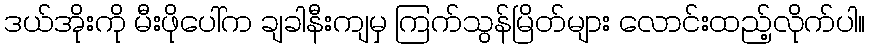
ဒယ်အိုးကို မီးဖိုပေါ်က ချခါနီးကျမှ ကြက်သွန်မြိတ်များ လောင်းထည့်လိုက်ပါ။